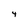
Character: 4